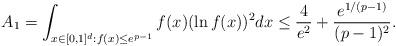
LaTeX: \begin{align*}A_1 = \int_{x\in [0,1]^d: f(x)\le e^{p-1}} f(x)(\ln f(x))^2 dx \le \frac{4}{e^2} + \frac{e^{1/(p-1)}}{(p-1)^2}. \end{align*}